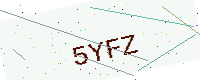
Text: 5YFZ